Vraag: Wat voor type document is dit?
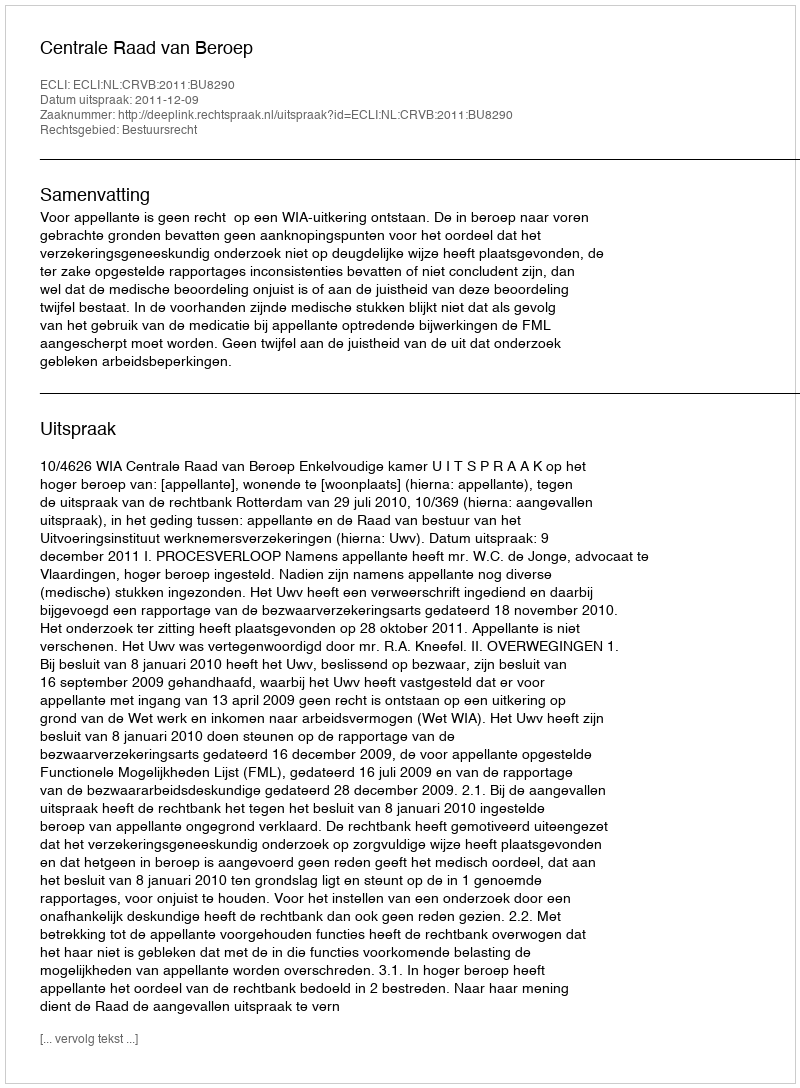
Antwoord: Uitspraak